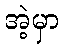
အဲ့မှာ